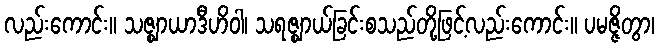
လည်းကောင်း။ သဇ္ဈာယာဒီဟိဝါ၊ သရဇ္ဈာယ်ခြင်းစသည်တို့ဖြင့်လည်းကောင်း။ ပမဇ္ဇိတွာ၊